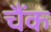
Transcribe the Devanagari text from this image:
चैंक